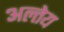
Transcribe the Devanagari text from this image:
अल्तेय